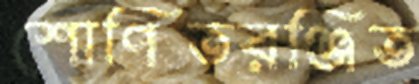
শোণিতরঞ্জিত